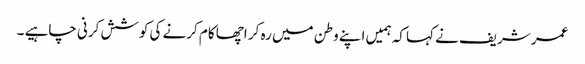
عمر شریف نے کہا کہ ہمیں اپنے وطن میں رہ کر اچھا کام کرنے کی کوشش کرنی چاہیے ۔